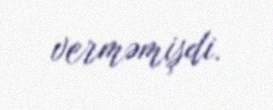
verməmişdi.